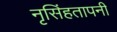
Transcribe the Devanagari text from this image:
नृसिंहतापनी